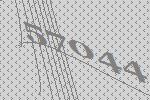
57044